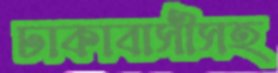
ঢাকাবাসীসহ